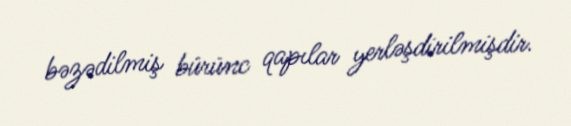
bəzədilmiş bürünc qapılar yerləşdirilmişdir.